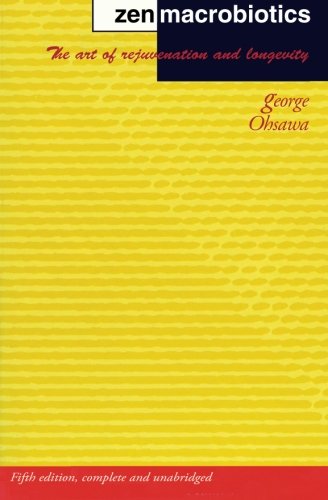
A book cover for Zen Macrobiotics: The Art of Rejuvenation and Longevity; George Ohsawa; Health, Fitness & Dieting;